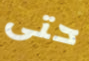
حتى